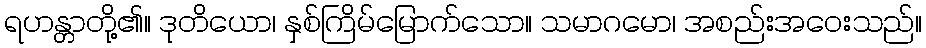
ရဟန္တာတို့၏။ ဒုတိယော၊ နှစ်ကြိမ်မြောက်သော။ သမာဂမော၊ အစည်းအဝေးသည်။